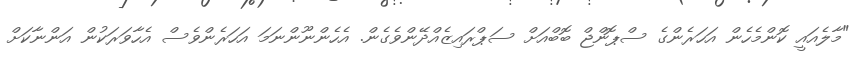
"މާލެއައީ ކޮންމެހެން އަހަރެންގެ ސްޕޮންޖް ބޮބްއަށް ސަޕްރައިޒެއްދޭންވެގެން. އެހެންނޫންނަމަ އަހަރެންވެސް އެހާވަރަކުން އަންނާކަށް